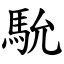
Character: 馻